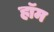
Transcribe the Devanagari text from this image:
हॉम